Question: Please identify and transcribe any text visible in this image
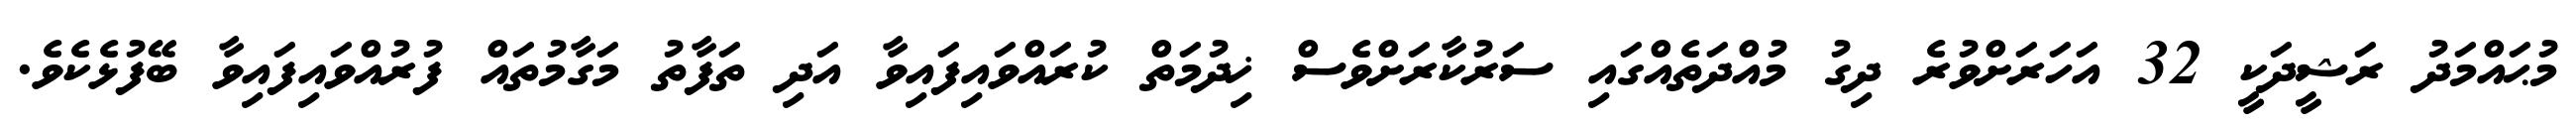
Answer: މުޙައްމަދު ރަޝީދަކީ 32 އަހަރަށްވުރެ ދިގު މުއްދަތެއްގައި ސަރުކާރަށްވެސް ޚިދުމަތް ކުރައްވައިފައިވާ އަދި ތަފާތު މަގާމުތައް ފުރުއްވައިފައިވާ ބޭފުޅެކެވެ.